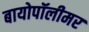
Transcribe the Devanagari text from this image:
बायोपॉलीमर